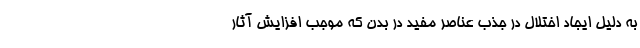
به دلیل ایجاد اختلال در جذب عناصر مفید در بدن که موجب افزایش آثار